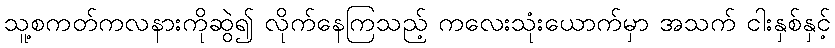
သူ့စကတ်ကလနားကိုဆွဲ၍ လိုက်နေကြသည့် ကလေးသုံးယောက်မှာ အသက် ငါးနှစ်နှင့်